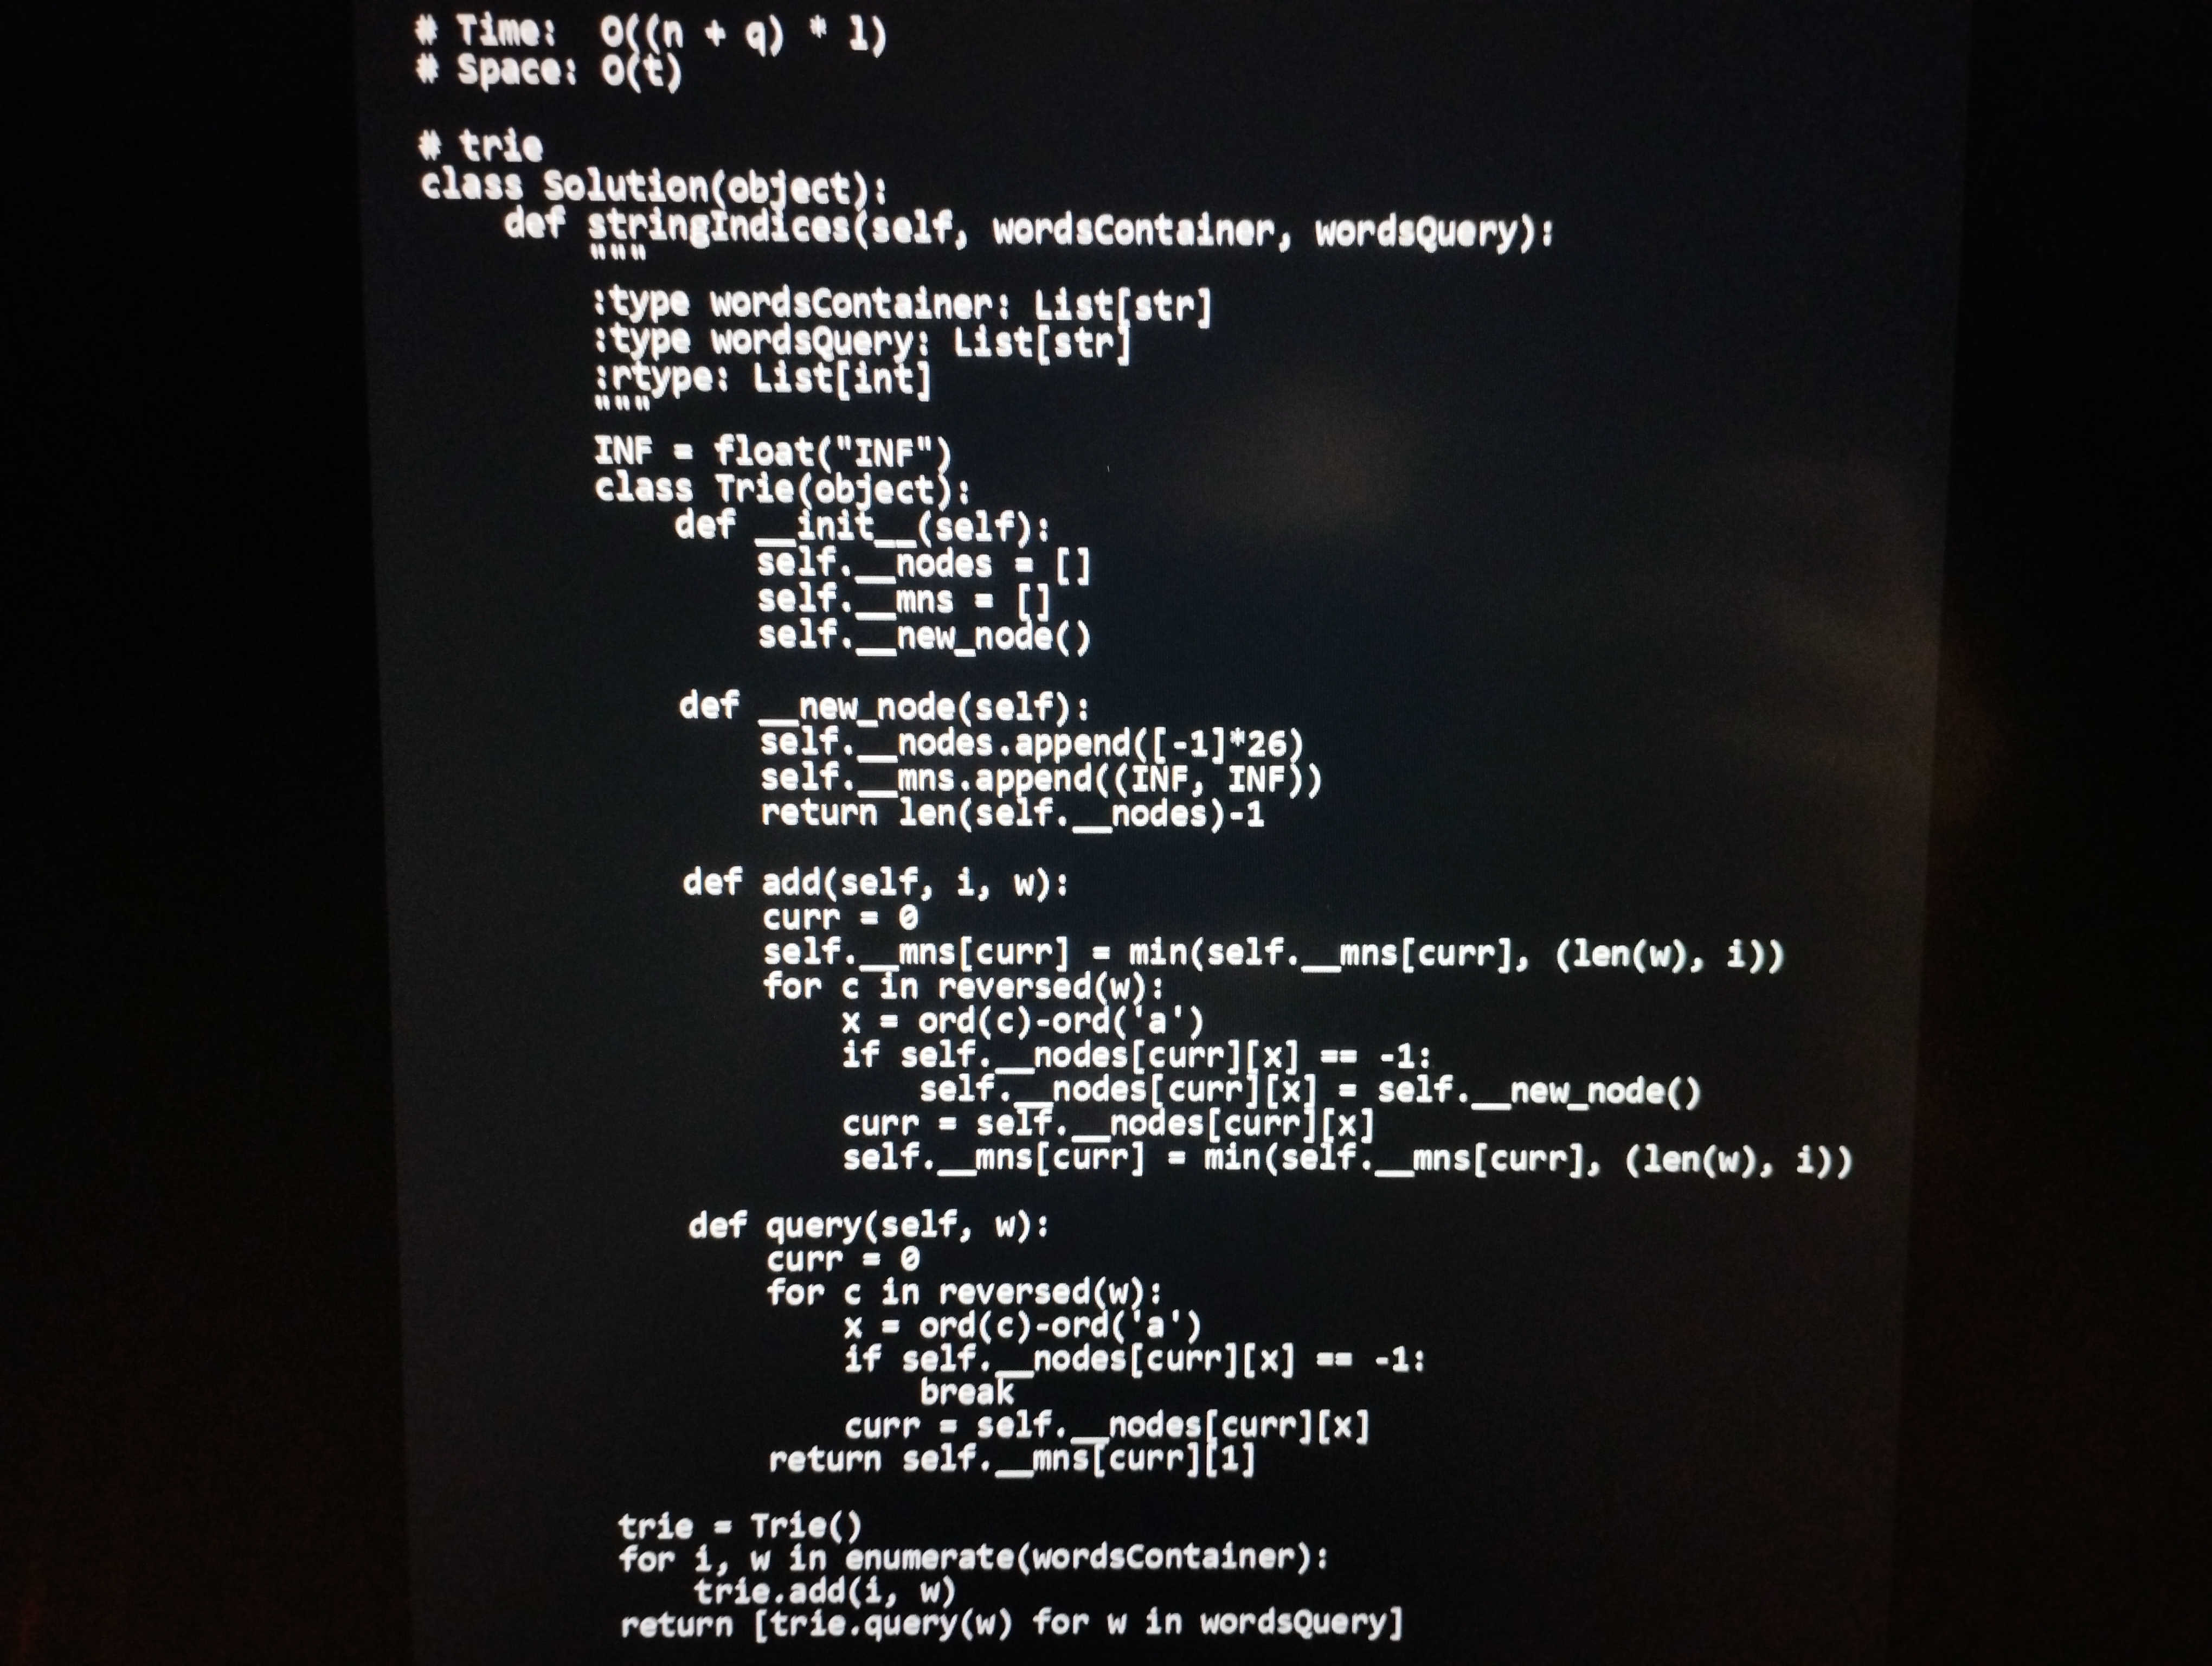
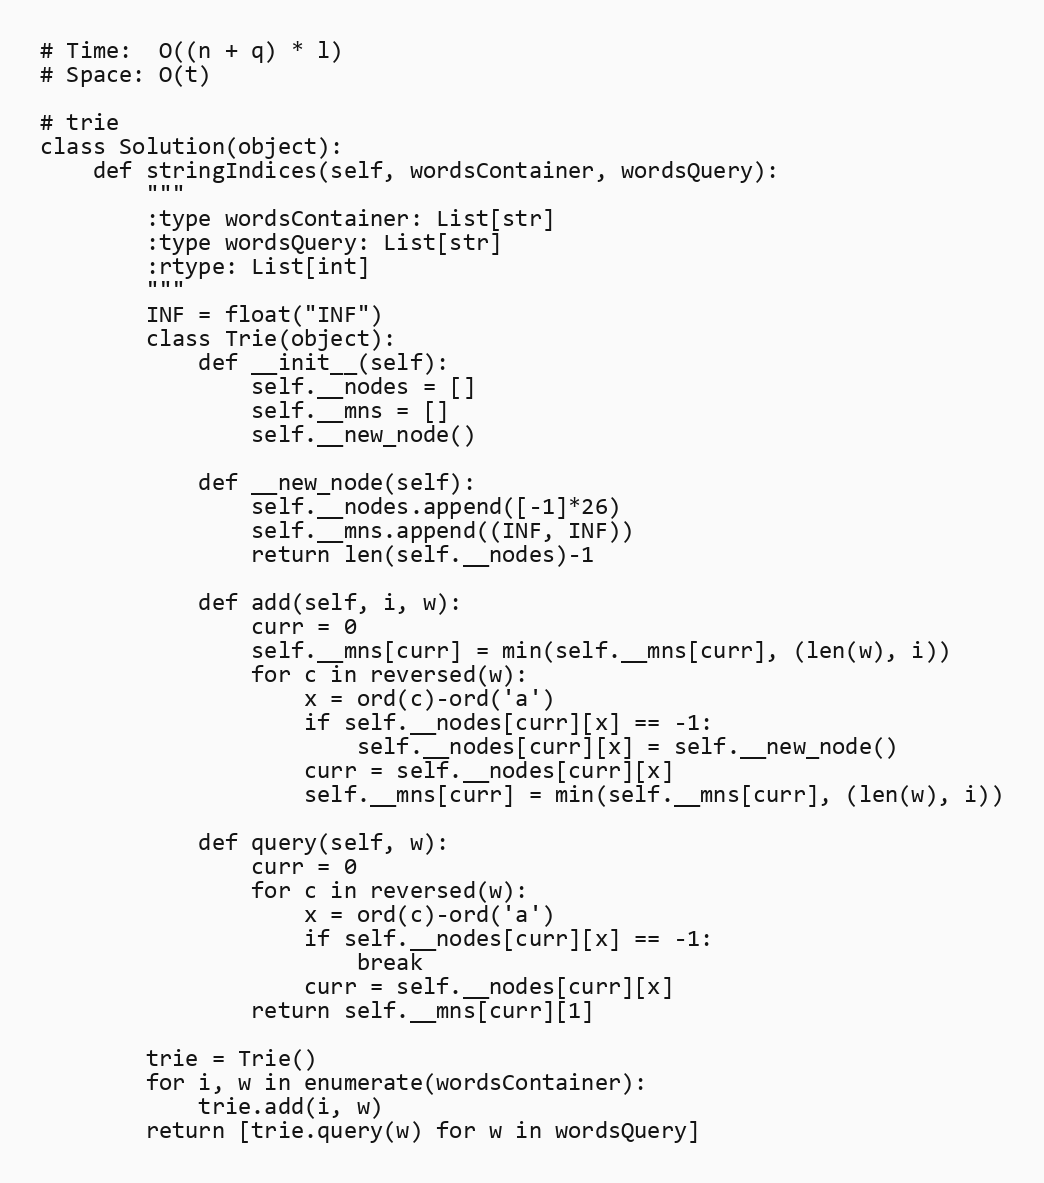
# Time:  O((n + q) * l)
# Space: O(t)

# trie
class Solution(object):
    def stringIndices(self, wordsContainer, wordsQuery):
        """
        :type wordsContainer: List[str]
        :type wordsQuery: List[str]
        :rtype: List[int]
        """
        INF = float("INF")
        class Trie(object):
            def __init__(self):
                self.__nodes = []
                self.__mns = []
                self.__new_node()

            def __new_node(self):
                self.__nodes.append([-1]*26)
                self.__mns.append((INF, INF))
                return len(self.__nodes)-1

            def add(self, i, w):
                curr = 0
                self.__mns[curr] = min(self.__mns[curr], (len(w), i))
                for c in reversed(w):
                    x = ord(c)-ord('a')
                    if self.__nodes[curr][x] == -1:
                        self.__nodes[curr][x] = self.__new_node()
                    curr = self.__nodes[curr][x]
                    self.__mns[curr] = min(self.__mns[curr], (len(w), i))

            def query(self, w):
                curr = 0
                for c in reversed(w):
                    x = ord(c)-ord('a')
                    if self.__nodes[curr][x] == -1:
                        break
                    curr = self.__nodes[curr][x]
                return self.__mns[curr][1]

        trie = Trie()
        for i, w in enumerate(wordsContainer):
            trie.add(i, w)
        return [trie.query(w) for w in wordsQuery]